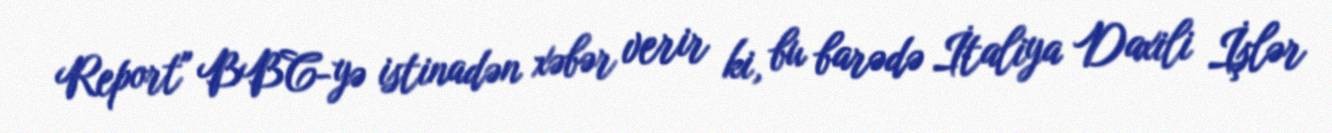
Report" BBC-yə istinadən xəbər verir ki, bu barədə İtaliya Daxili İşlər